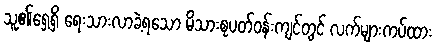
သူ၏ရှေ့ရှိ ရေးသားလာခဲ့ရသော မိသားစုပတ်ဝန်းကျင်တွင် လက်များကပ်ထား